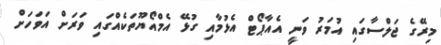
މިރޭގެ ޖަލްސާގައި އުމަރު ވަނީ އެއާޕޯޓް އެޅުމާއި ގުޅޭ އެމްއޯޔޫތަކެއްގައި ވަރަށް އަވަހަށް